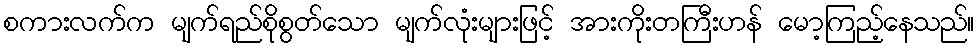
စကားလက်က မျက်ရည်စိုစွတ်သော မျက်လုံးများဖြင့် အားကိုးတကြီးဟန် မော့ကြည့်နေသည်။